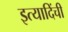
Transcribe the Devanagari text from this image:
इत्यादिंची